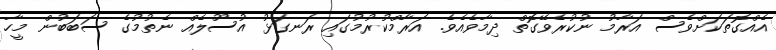
އެއްގޮތަކަށްވެސް އަރާމު ނުކުރެވޭގޮތް ދިމާވެއެވެ. އަރާމްކުރުމުގައި ރަނގަޅު އުސޫލެއް ނެތުމުގެ ސަބަބުން މީހާ